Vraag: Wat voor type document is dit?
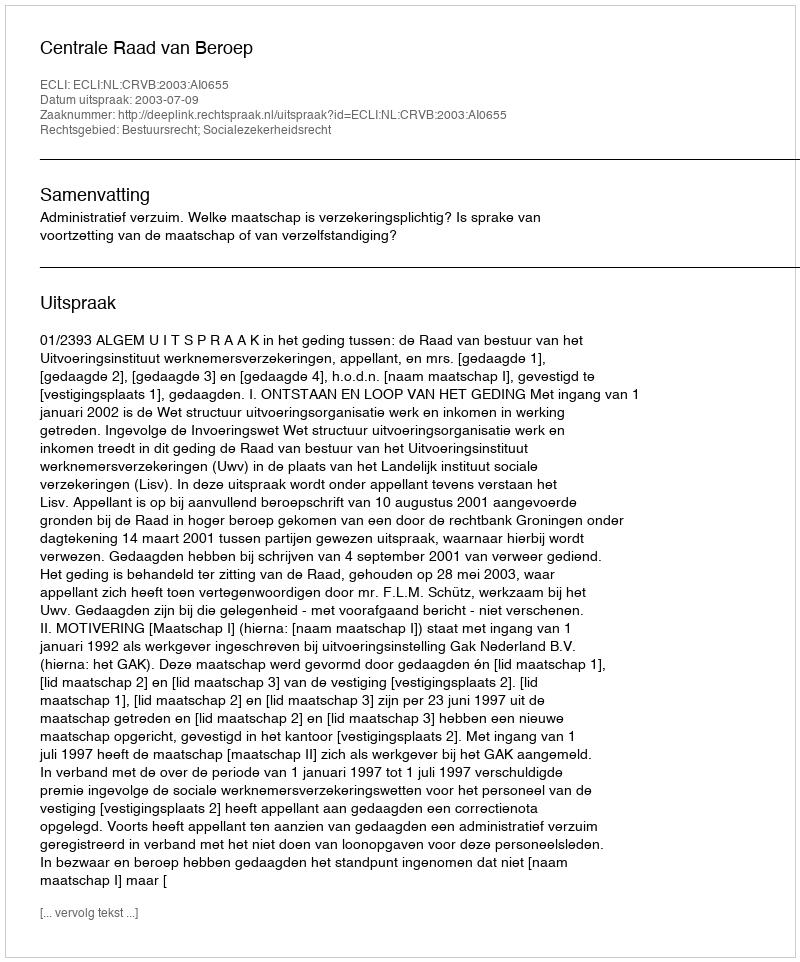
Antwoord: Uitspraak